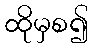
ထိုမှစ၍